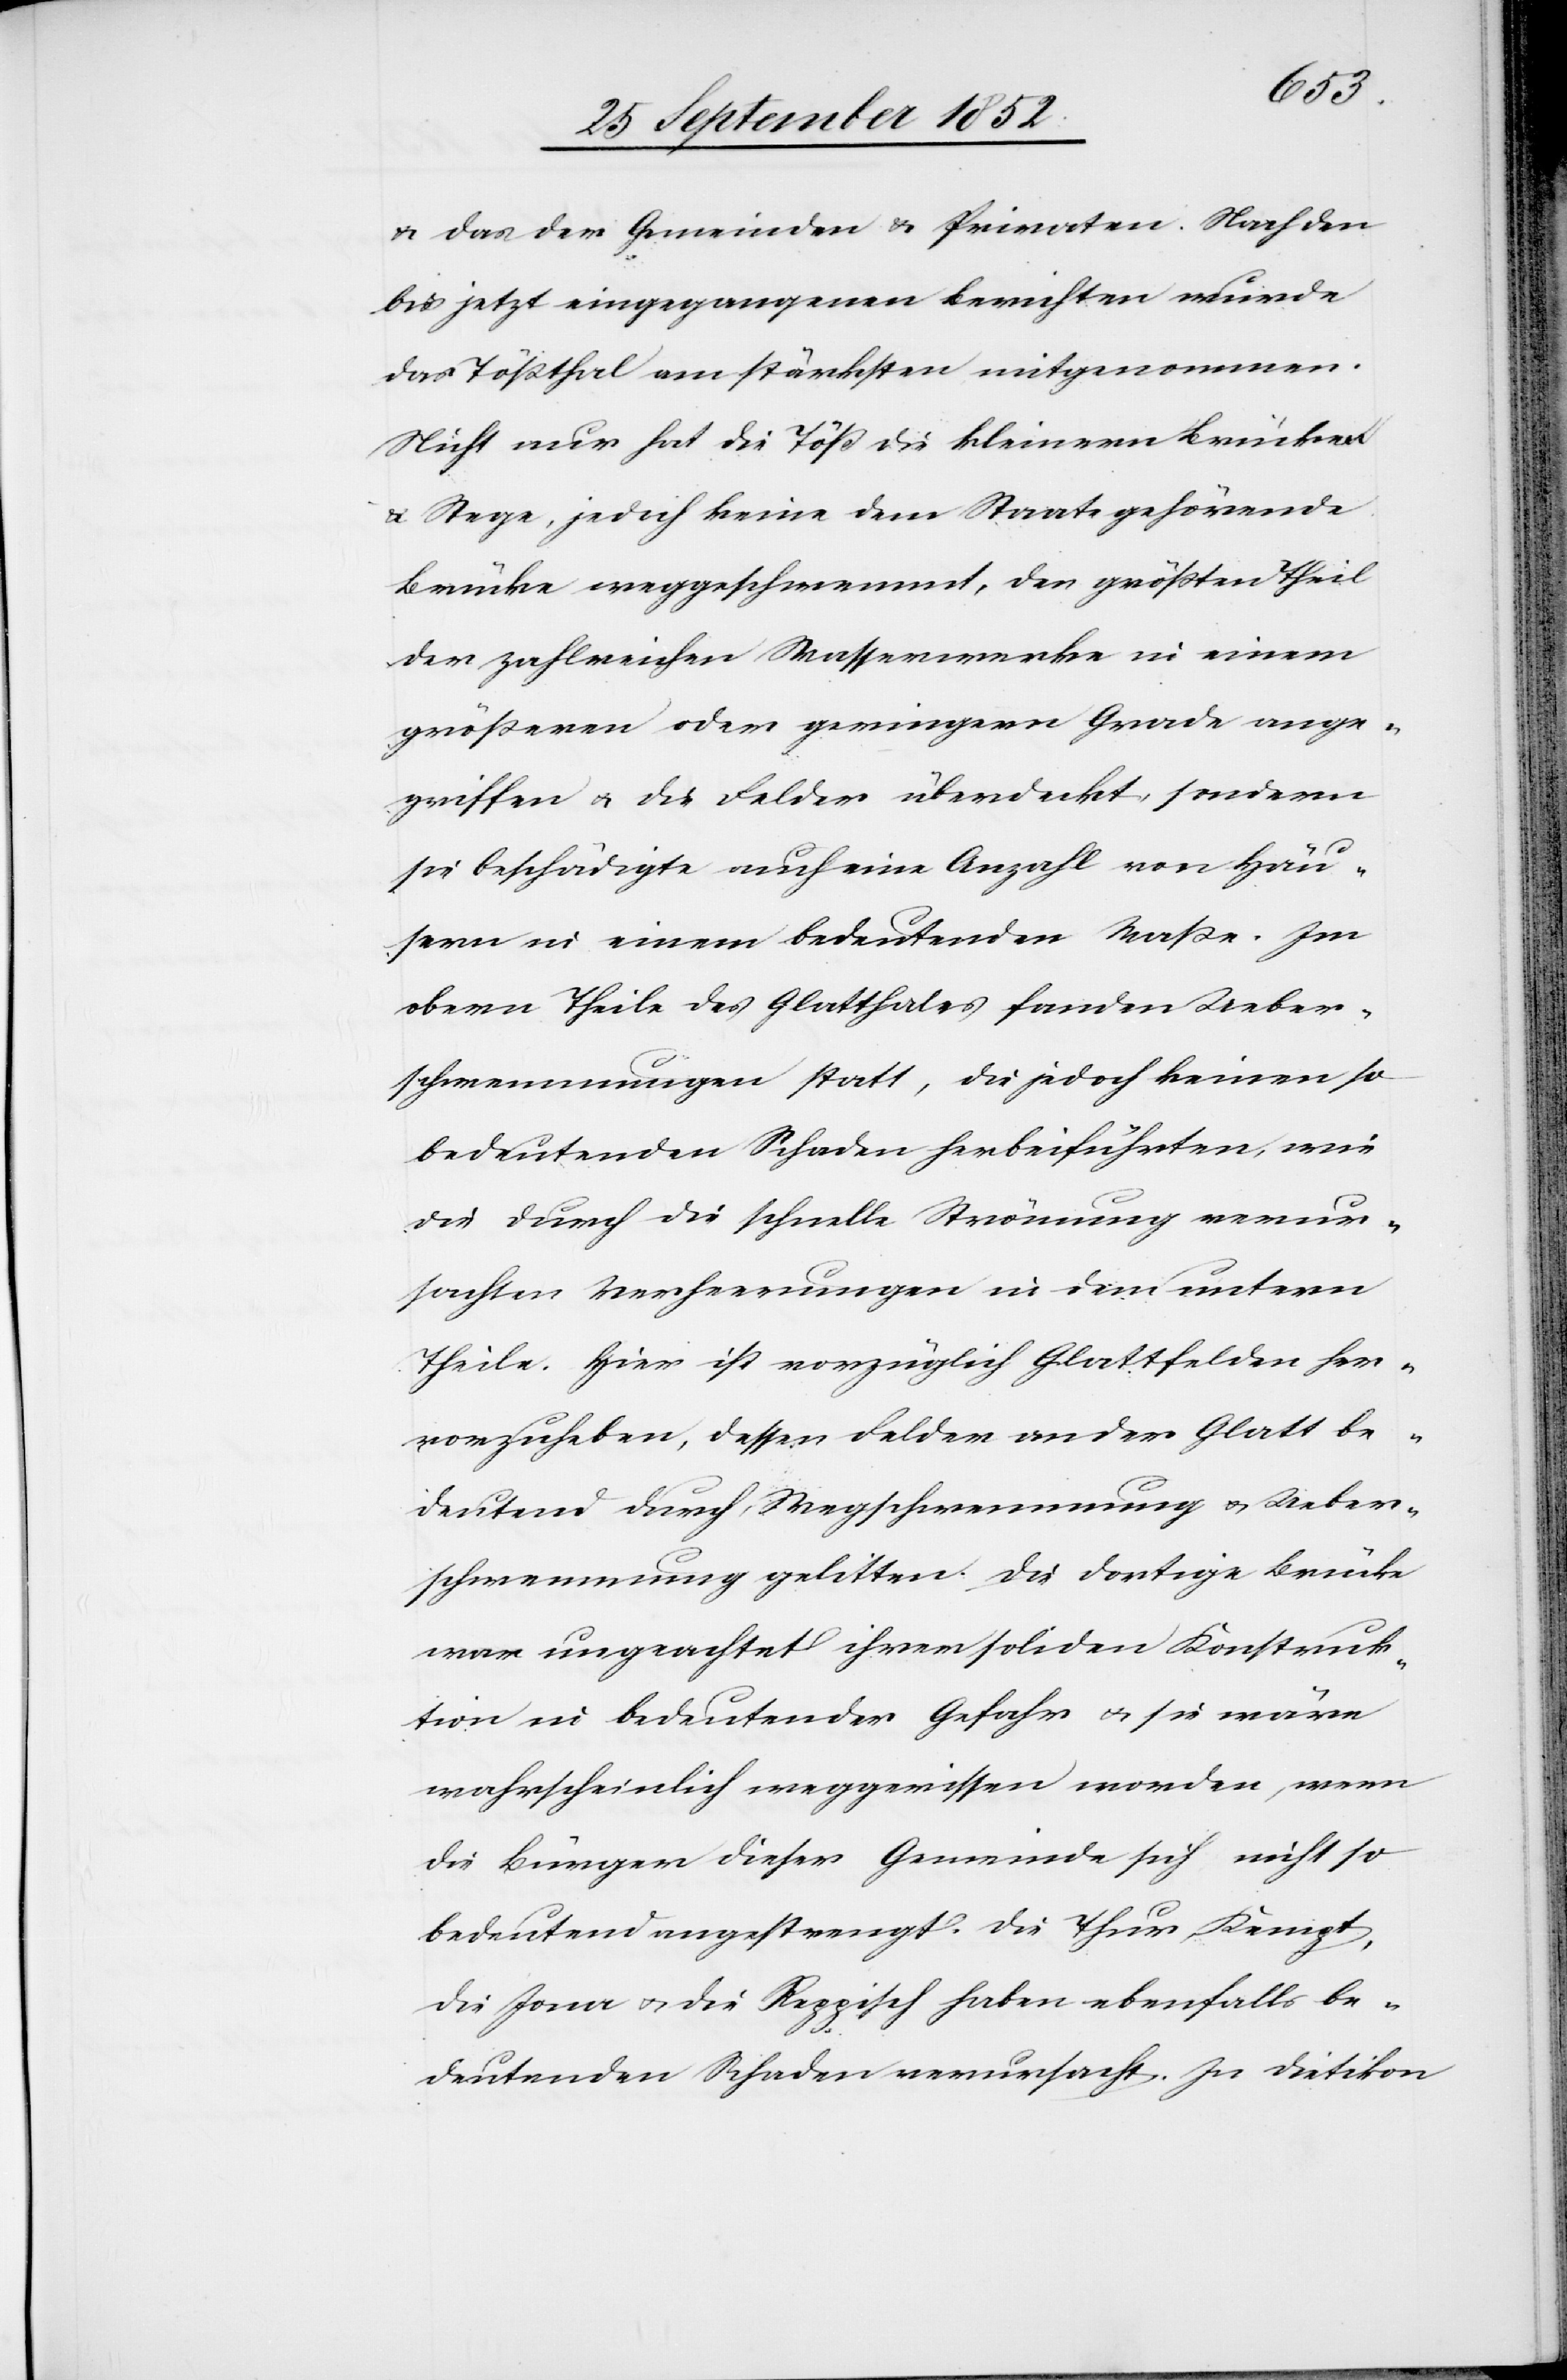
& das der Gemeinden & Privaten. Nach den
bis jetzt eingegangenen Berichten wurde
das Tößthal am stärksten mitgenommen.
Nicht nur hat die Töß die kleinern Brücken
& Stege, jedoch keine dem Staate gehörende
Brücke weggeschwemmt, den größten Theil
der zahlreichen Wasserwerke in einem
größeren oder geringern Grade ange¬
griffen & die Felder überdeckt, sondern
sie beschädigte auch eine Anzahl von Häu¬
ser in einem bedeutenden Maße. Im
obern Theile des Glatthales fanden Ueber¬
schwemmungen statt, die jedoch keinen so
bedeutenden Schaden herbeiführten, wie
die durch die schnelle Strömung verur¬
sachten Verheerungen in dem untern
Theile. Hier ist vorzüglich Glattfelden her¬
vorzuheben, dessen Felder an der Glatt be¬
deutend durch Wegschwemmung & Ueber¬
schwemmung gelitten. Die dortige Brücke
war ungeachtet ihrer soliden Konstruk¬
tion in bedeutender Gefahr & sie wäre
wahrscheinlich weggerissen worden, wenn
die Bürger dieser Gemeinde sich nicht so
bedeutend angestrengt. Die Thur, Kempt,
die Jona & die Reppisch haben ebenfalls be¬
deutenden Schaden verursacht. In Dietikon